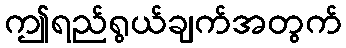
ဤရည်ရွယ်ချက်အတွက်